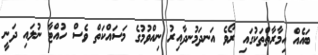
ބައެއް އިމާރާތްތަކުގައި ރޯވެ އަނދަމުނދާއިރު ނިއްވުމުގެ މަސައްކަތް ވެސް ހުއްޓާ ނުލައި ދަނީ